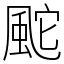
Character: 䬁